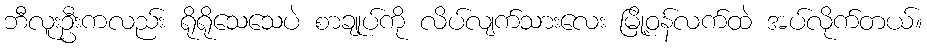
ဘီလူးဦးကလည်း ရိုရိုသေသေပဲ စာချုပ်ကို လိပ်လျက်သားလေး မြို့ဝန်လက်ထဲ အပ်လိုက်တယ်။